Bréfritari: Hallgrímur Gíslason
Viðtakandi: Jón Borgfirðings Jónsson
Dagsetning: A-1855-08-25
Skrifað á: Tungu  S-Þing.

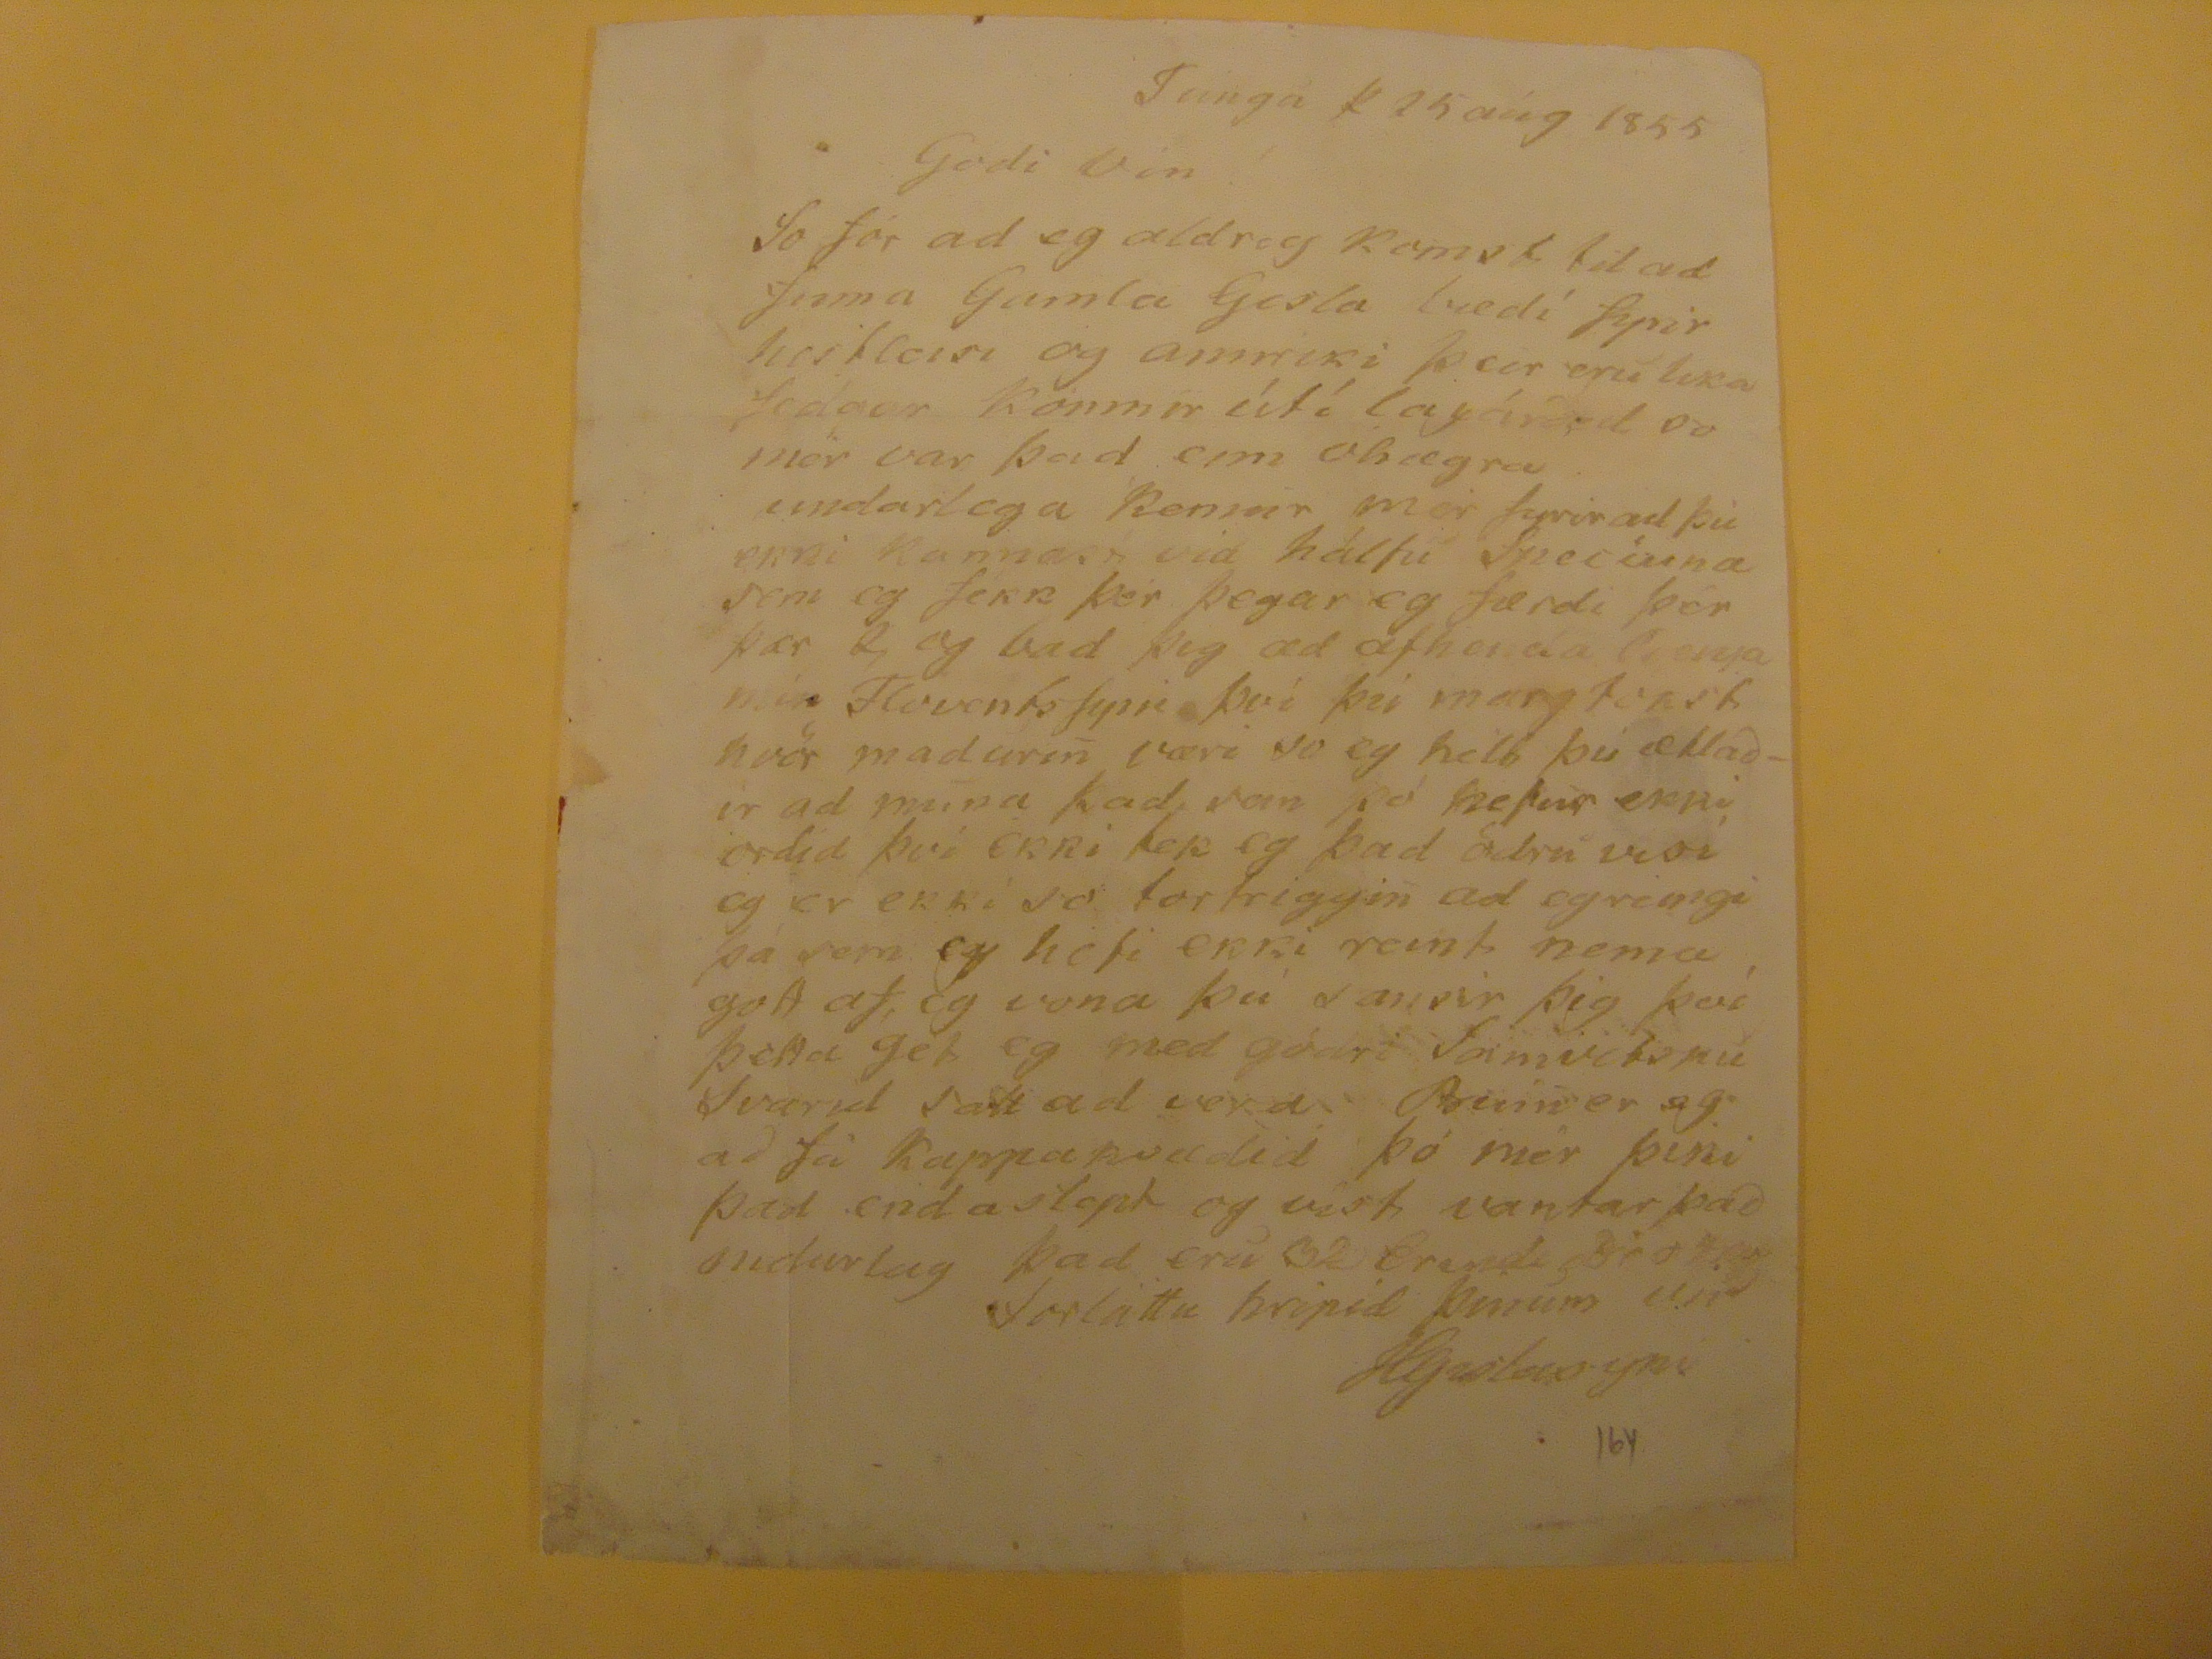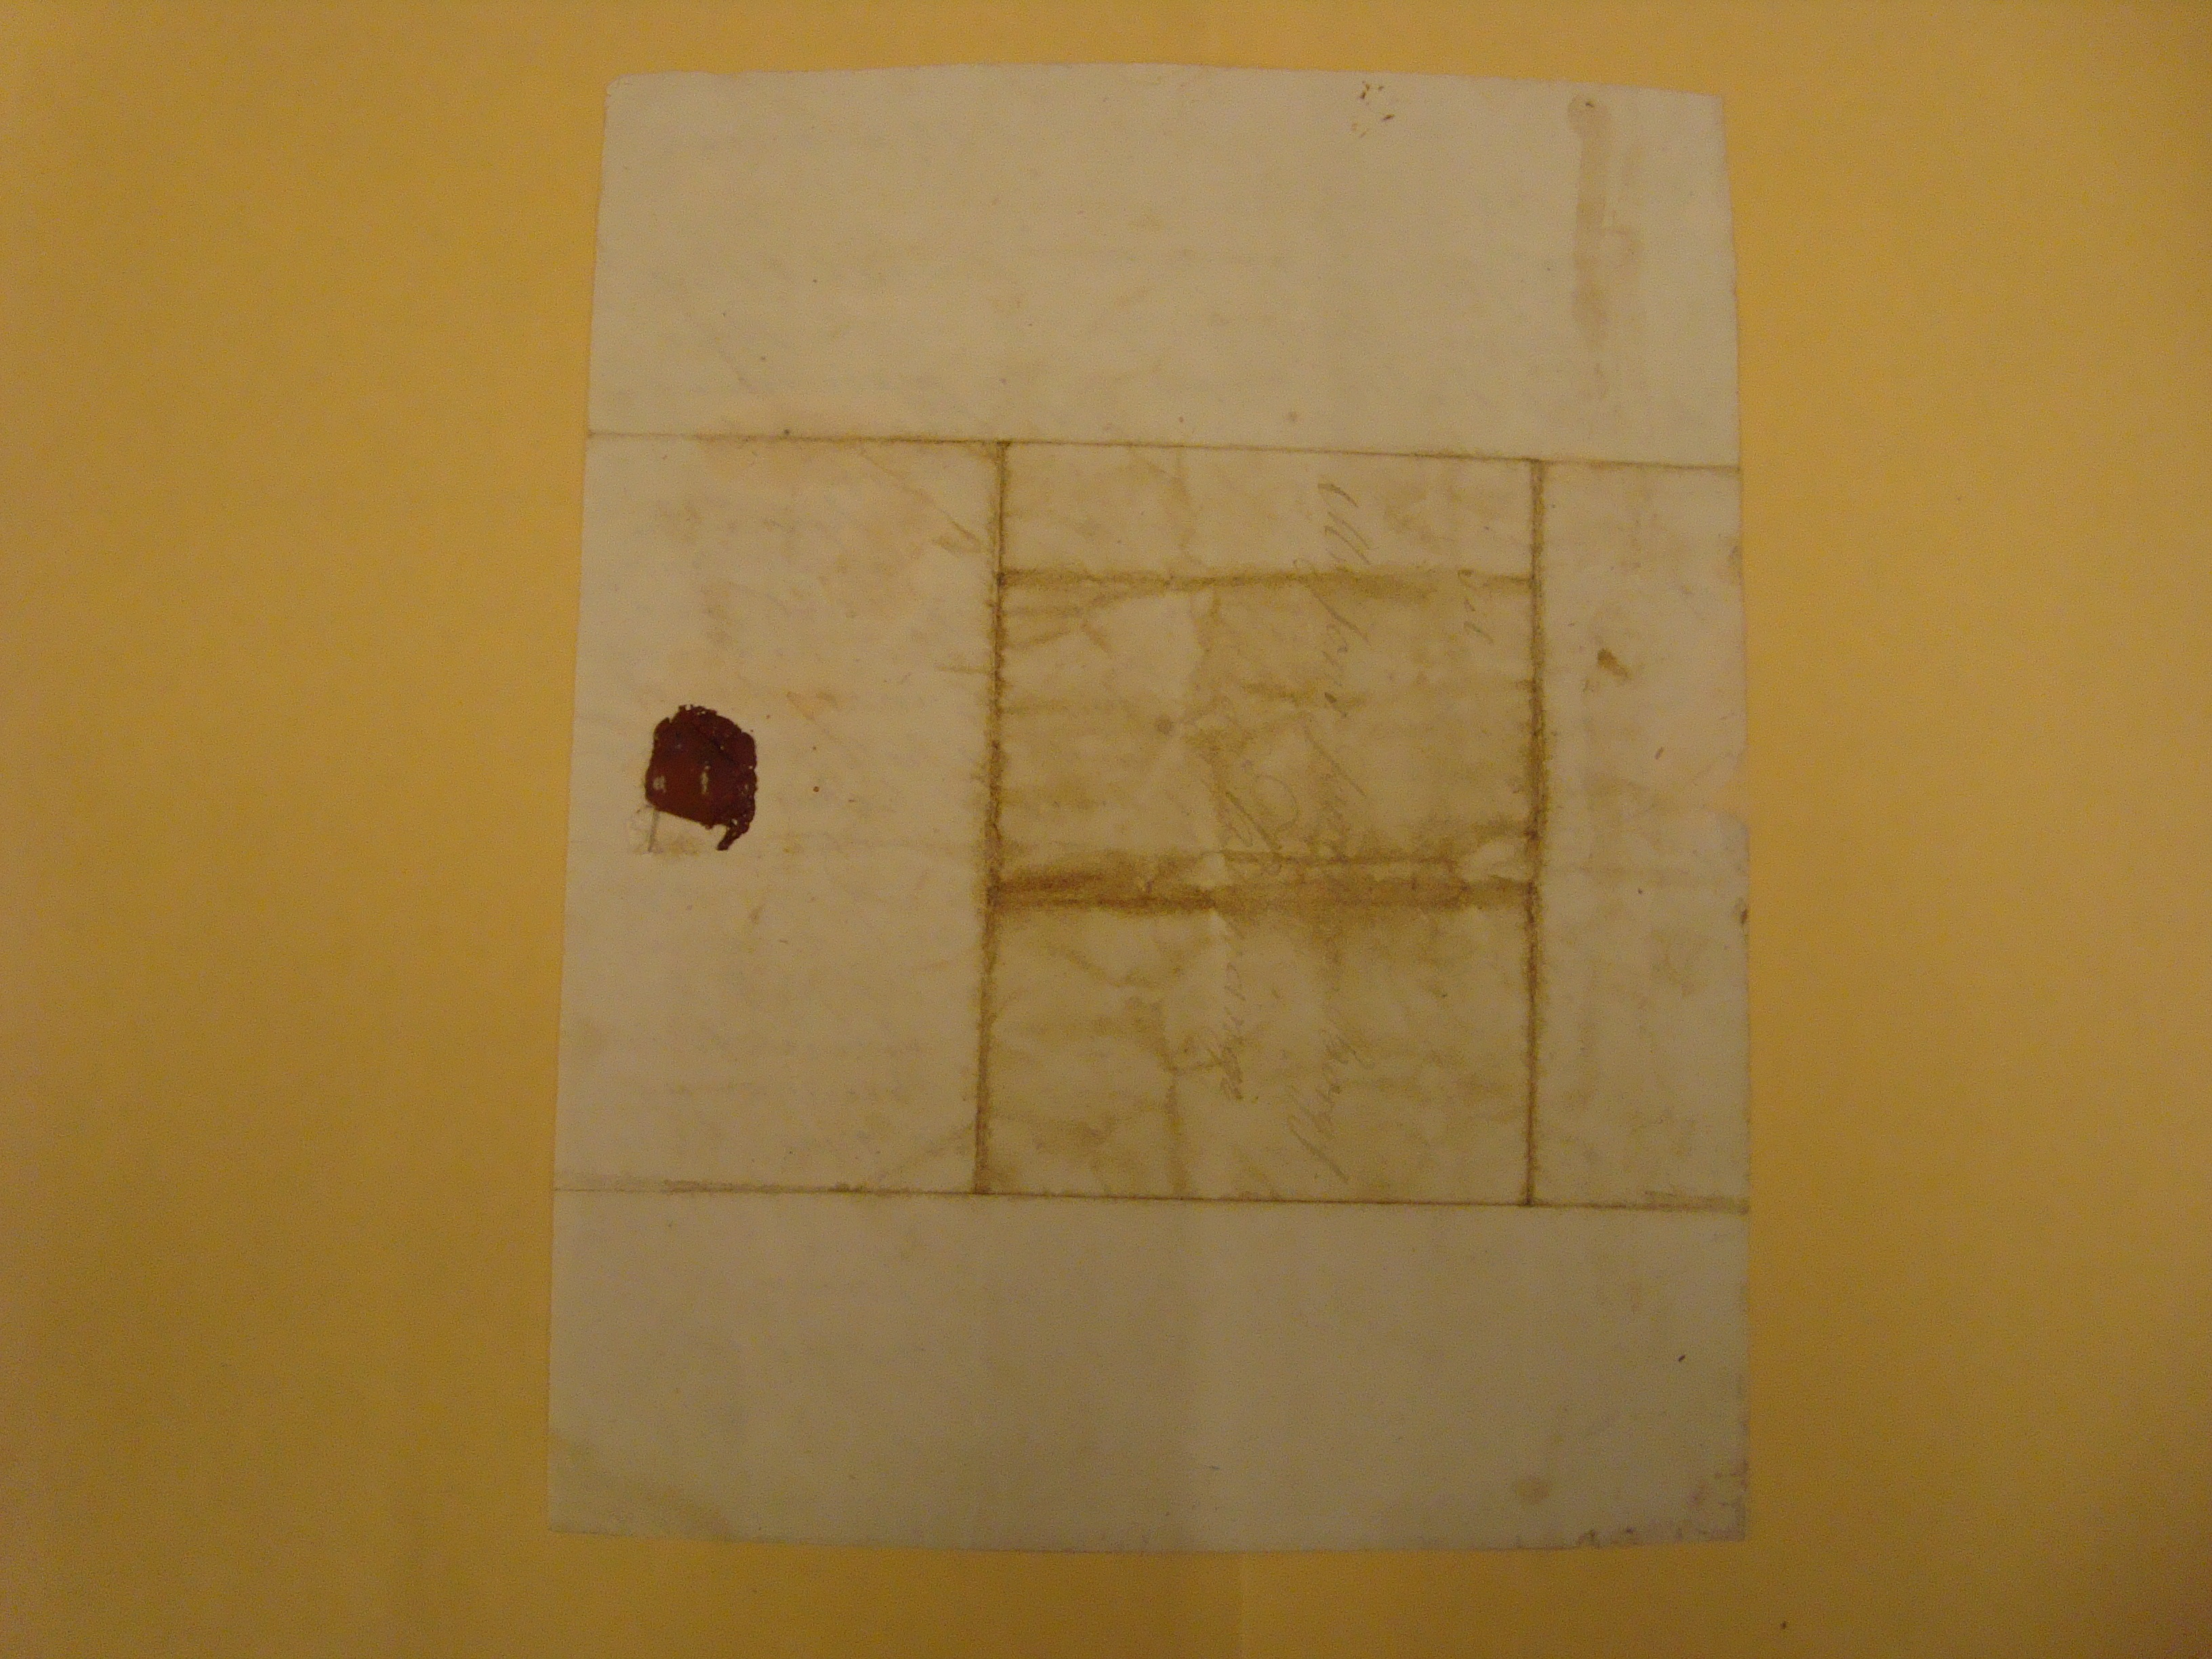

Tungá þ 25 aúg 1855
Godi Vin
So fór ad eg aldreg komst til ad finna Gamla Gisla
bædi
fyrir
heitleisi
og annriki þeir eru lika
fodgar
konmir útí laxárdal og mor var þad enn óhægra undarlega kemur mer fyrir ad þú ekki kannast vid hálfu
Specíuna
sem eg fekk þer þegar eg færdi þer þær 2 og bad þig ad afhenda
??? mér
flovents fyrir því þú margfekst hver maduri
n
væri so eg helt þú ætlaðir ad muna þad sem þó hefur ekki ordid því ekki tek eg þad ödru visi eg er ekki so tortriggi
n
ad eg reingi þá sem eg hefi ekki reint nema gott af, eg vona þú
sansir
þig því þetta get eg med gódri Samvitksu Svarid satt ad vera
Buin
er eg að fá kappakvædid þó mér þiki þad endaslept og vist vantar það ondurlag þad eru 32
brendi ????
forláttu hripið þinum vin
HGislasyni
Mr Jons Jonssonar Borgf.
???nangi